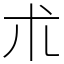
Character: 朮